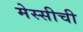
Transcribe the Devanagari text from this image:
मेस्सीची